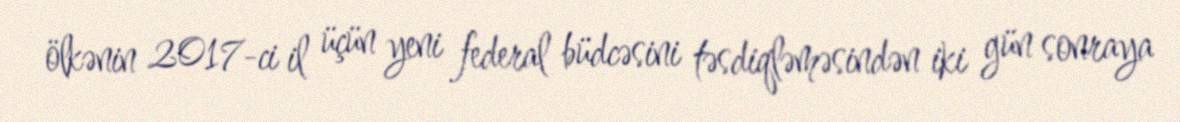
ölkənin 2017-ci il üçün yeni federal büdcəsini təsdiqləməsindən iki gün sonraya